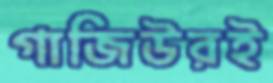
গাজিউরই